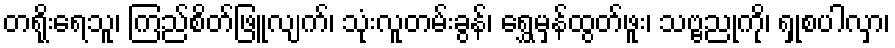
တရိုးရေသူ၊ ကြည်စိတ်ဖြူလျက်၊ သုံးလူတမ်းခွန်၊ ရွှေမှန်ထွတ်ဖူး၊ သဗ္ဗညုကို၊ ရှုစပါလှာ၊